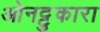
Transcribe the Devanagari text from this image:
ओनट्टुकारा